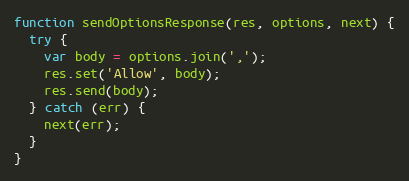
Language: JavaScript
function sendOptionsResponse(res, options, next) {
  try {
    var body = options.join(',');
    res.set('Allow', body);
    res.send(body);
  } catch (err) {
    next(err);
  }
}